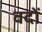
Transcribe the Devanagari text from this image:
वदों